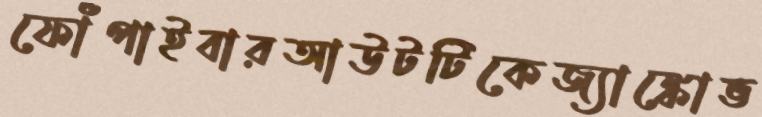
ফোঁপাইবারআউটটিকেজ্যাঙ্কোভ